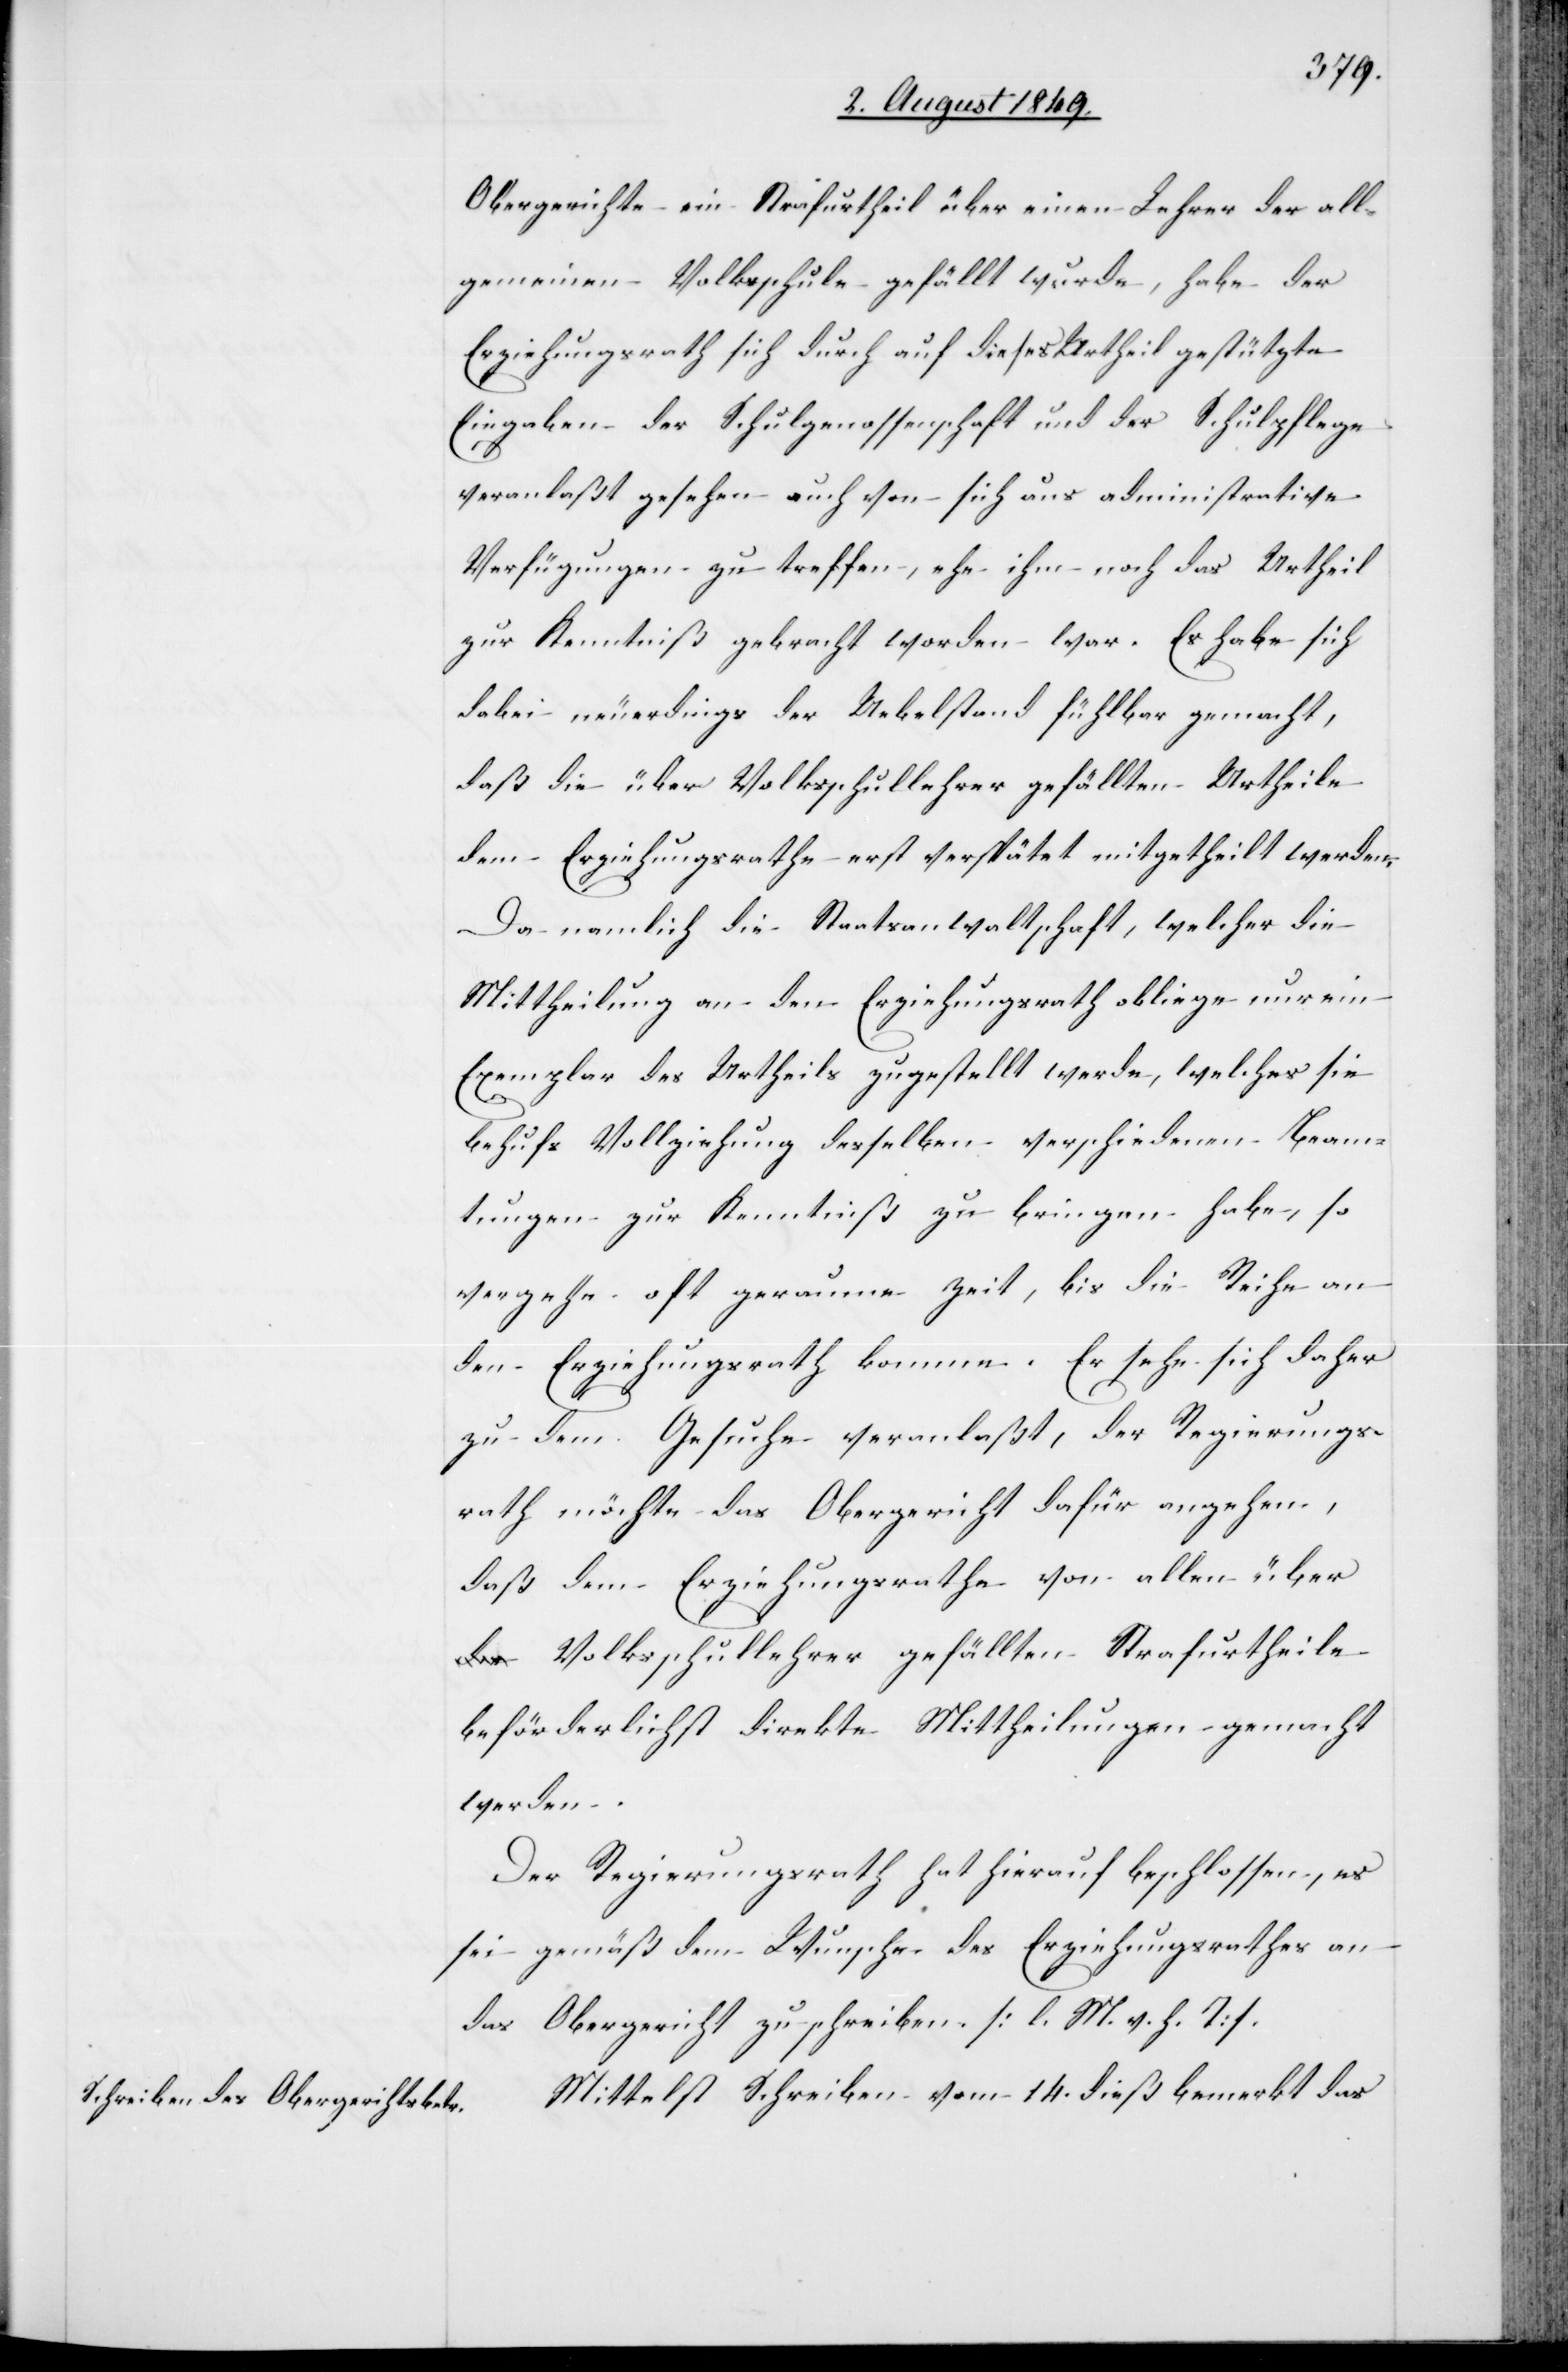
Obergerichte ein Strafurtheil über einen Lehrer der all¬
gemeinen Volksschule gefällt wurde, habe der
Erziehungsrath sich durch auf dieses Urtheil gestützte
Eingaben der Schulgenossenschaft und der Schulpflege
veranlaßt gesehen auch von sich aus administrative
Verfügungen zu treffen, ehe ihm noch das Urtheil
zur Kenntniß gebracht worden war. Es habe sich
dabei neuerdings der Uebelstand fühlbar gemacht,
daß die über Volksschullehrer gefällten Urtheile
dem Erziehungsrathe erst verspätet mitgetheilt werden.
Da namlich [sic!] die Staatsanwaltschaft, welcher die
Mittheilung an den Erziehungsrath obliege nur ein
Exemplar des Urtheils zugestellt werde, welches sie
behufs Vollziehung desselben verschiedenen Beam¬
tungen zur Kenntniß zu bringen habe, so
vergehe oft geraume Zeit, bis die Reihe an
den Erziehungsrath komme. Er sehe sich daher
zu dem Gesuche veranlaßt, der Regierungs¬
rath möchte das Obergericht dafür angehen,
daß dem Erziehungsrathe von allen über
Volksschullehrer gefällten Strafurtheile
beförderlichst direkte Mittheilungen gemacht
werden.
Der Regierungsrath hat hierauf beschlossen, es
sei gemäß dem Wunsche des Erziehungsrathes an
das Obergericht zu schreiben. [l. M. v. h. T]
Mittelst Schreiben vom 14. dieß bemerkt das